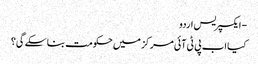
- ایکسپریس اردو
کیا اب پی ٹی آئی مرکز میں حکومت بنا سکے گی؟